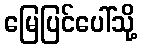
မြေပြင်ပေါ်သို့